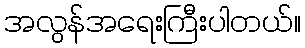
အလွန်အရေးကြီးပါတယ်။